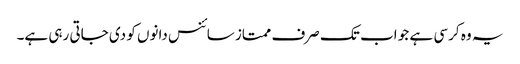
یہ وہ کرسی ہے جو اب تک صرف ممتاز سائنس دانوں کو دی جاتی رہی ہے۔